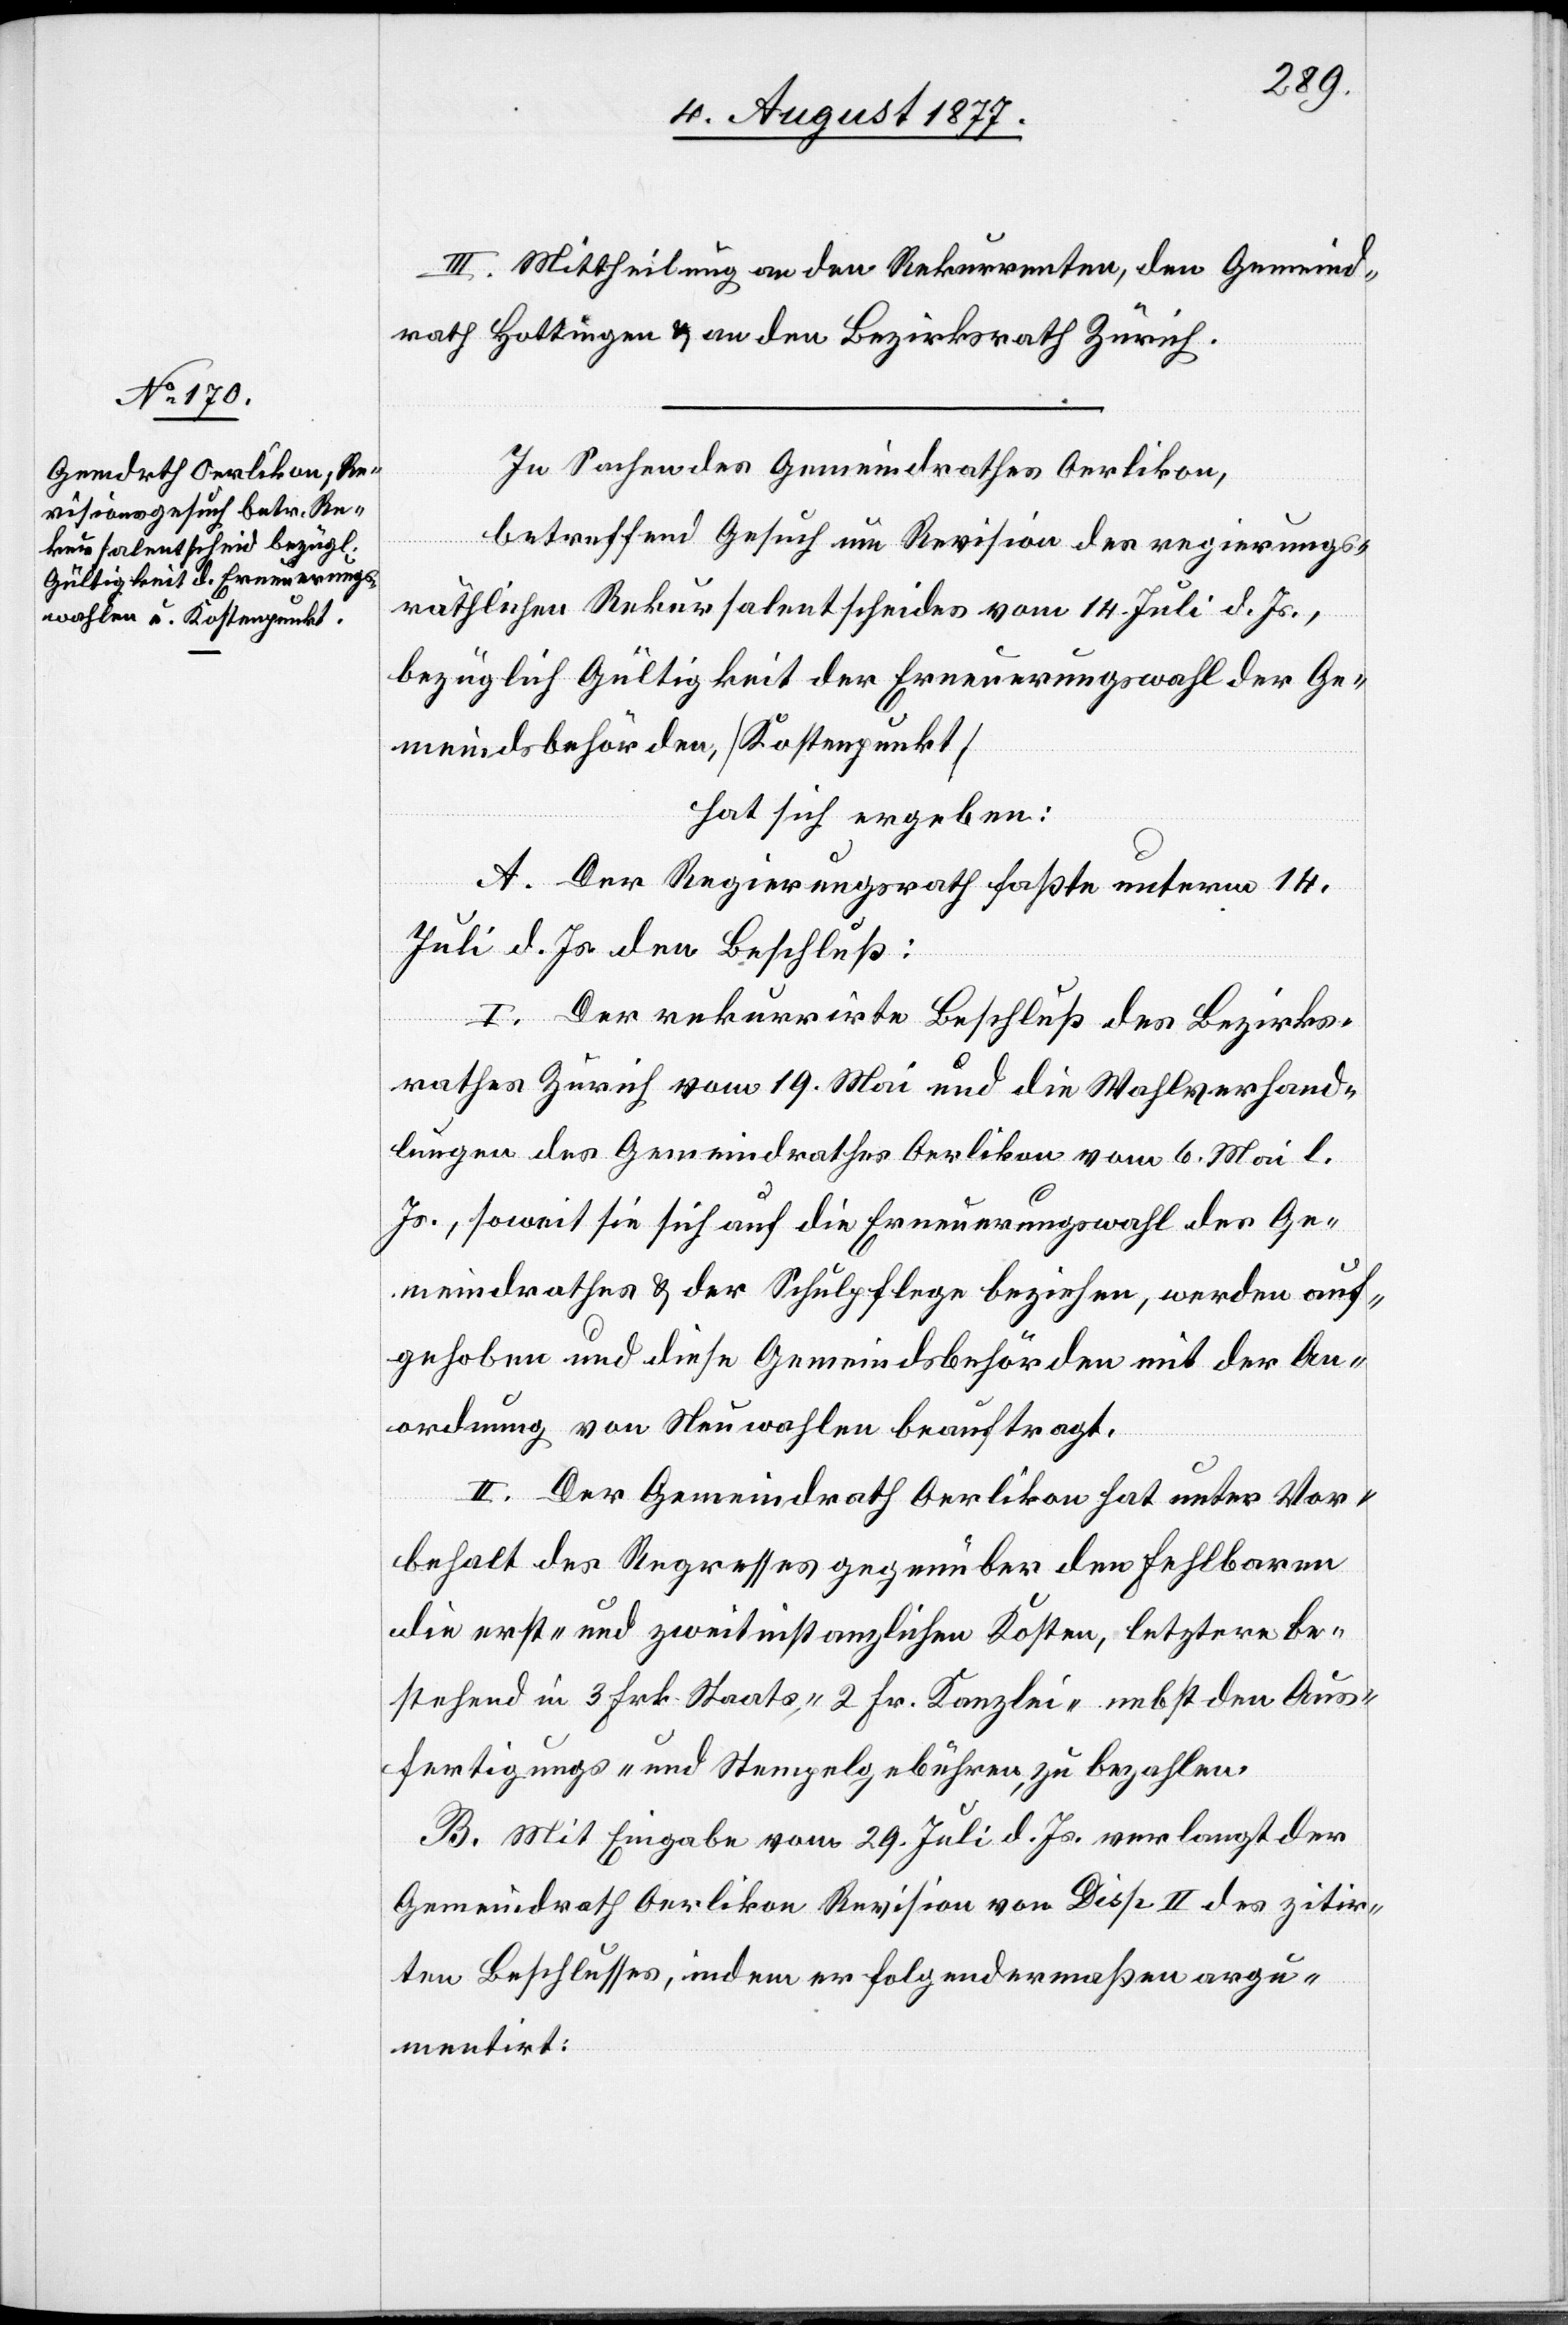
III. Mittheilung an den Rekurrenten, den Gemeind¬
rath Hottingen & an den Bezirksrath Zürich.
In Sachen des Gemeindrathes Oerlikon,
betreffend Gesuch um Revision des regierungs¬
räthlichen Rekursalentscheides vom 14. Juli d. Js.,
bezüglich Gültigkeit der Erneuerungswahl der Ge¬
meindsbehörden, [Kostenpunkt]
hat sich ergeben:
A. Der Regierungsrath faßte unterm 14.
Juli d. Js. den Beschluß:
I. Der rekurrirte Beschluß des Bezirks¬
rathes Zürich vom 19. Mai und die Wahlverhand¬
lungen des Gemeindrathes Oerlikon vom 6. Mai l.
Js., soweit sie sich auf die Erneuerungswahl des Ge¬
meindrathes & der Schulpflege beziehen, werden auf¬
gehoben und diese Gemeindsbehörden mit der An¬
ordnung von Neuwahlen beauftragt.
II. Der Gemeindrath Oerlikon hat unter Vor¬
behalt des Regresses gegenüber den Fehlbaren
die erst- und zweitinstanzlichen Kosten, letztere be¬
stehend in 3 Frk. Staats-, 2 Fr. Kanzlei-[,] nebst den Aus¬
fertigungs- und Stempelgebühren, zu bezahlen.
B. Mit Eingabe vom 29. Juli d. Js. verlangt der
Gemeindrath Oerlikon Revision von Disp. II des zitir¬
ten Beschlusses, indem er folgendermaßen argu¬
mentirt: